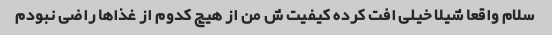
سلام واقعا شیلا خیلی افت کرده کیفیت ش من از هیچ کدوم از غذاها راضی نبودم